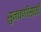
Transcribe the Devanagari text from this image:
सुनवणीसाठी